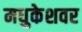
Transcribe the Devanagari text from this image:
मधुकेशवर